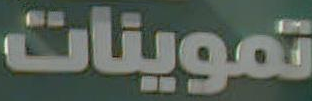
تموينات